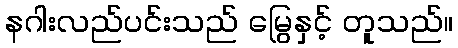
နဂါးလည်ပင်းသည် မြွေနှင့် တူသည်။